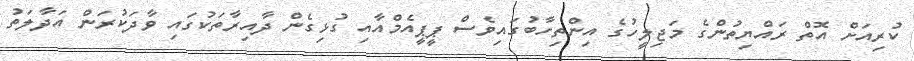
ކުރިއަށް އޮތް ރައްޔިތުންގެ މަޖިލީހުގެ އިންތިހާބުގައިވެސް ޕީޕީއެމްއާއި ގުޅިގެން ދާއިރާތަކުގައި ވާދަކުރަން އަދާލަތު